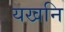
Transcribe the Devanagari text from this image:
यखनि